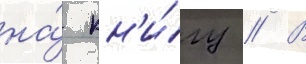
на́ кн'и́гу // В